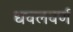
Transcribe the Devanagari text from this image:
धवलवर्ण